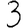
Digit: 3